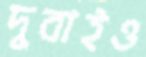
দুবাইও